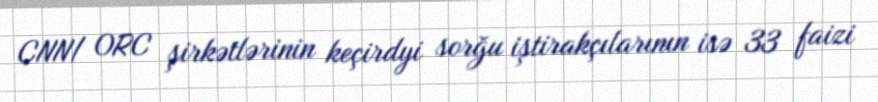
CNN/ ORC şirkətlərinin keçirdyi sorğu iştirakçılarının isə 33 faizi